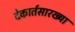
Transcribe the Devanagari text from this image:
देकार्तसारख्या